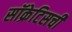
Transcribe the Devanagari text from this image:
सॉक्रेटिसची